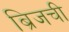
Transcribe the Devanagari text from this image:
ब्रिजची